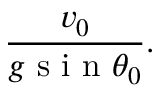
\frac { v _ { 0 } } { g \textrm { s i n } \theta _ { 0 } } .